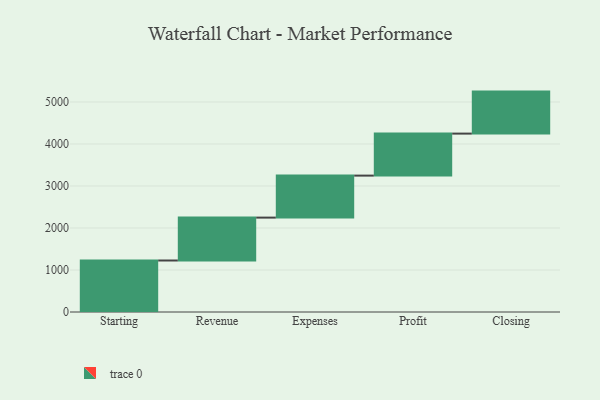
{"axis": {"x": "Step", "y": "Value"}, "legend": [""], "data": [{"x": "Starting", "y": 1226.0, "type": ""}, {"x": "Revenue", "y": 1021.0, "type": ""}, {"x": "Expenses", "y": 1000, "type": ""}, {"x": "Profit", "y": 1000, "type": ""}, {"x": "Closing", "y": 1000, "type": ""}]}